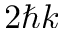
2 \hbar k